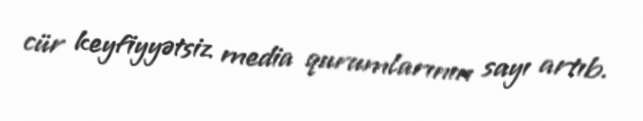
cür keyfiyyətsiz media qurumlarının sayı artıb.